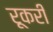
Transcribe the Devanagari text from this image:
रूकरी